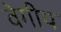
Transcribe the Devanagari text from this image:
वेगीय